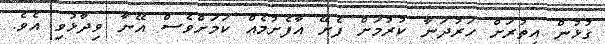
ގުޅުން އިތުރަށް ހަރުދަނާ ކުރުމަށް ފެށޭ އާފެށުމެއް ކަމަށްވެސް އޭނާ ވިދާޅުވި އެވެ.